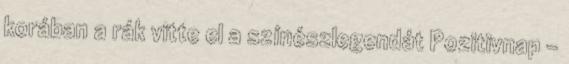
korában a rák vitte el a színészlegendát Pozitivnap -